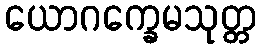
ယောဂက္ခေမသုတ္တ